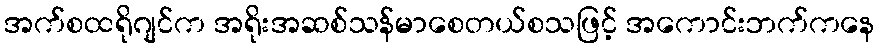
အက်စထရိုဂျင်က အရိုးအဆစ်သန်မာစေတယ်စသဖြင့် အကောင်းဘက်ကနေ